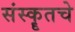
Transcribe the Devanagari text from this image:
संस्कॄतचे